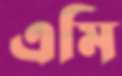
এমি